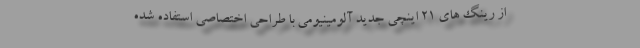
از رینگ های 21 اینچی جدید آلومینیومی با طراحی اختصاصی استفاده شده